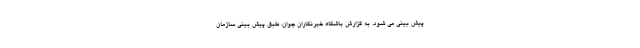
پیش بینی می شود. به گزارش باشگاه خبرنگاران جوان، طبق پیش بینی سازمان